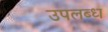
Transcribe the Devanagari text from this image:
उपलब्‍ध्‍ा